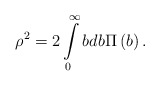
\begin{align*}\rho ^2 = 2\int\limits_0^\infty {bdb } \Pi \left( b \right) .\end{align*}